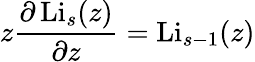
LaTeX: z{\frac{\partial\operatorname{Li}_{s}(z)}{\partial z}}=\operatorname{Li}_{s-1}(z)